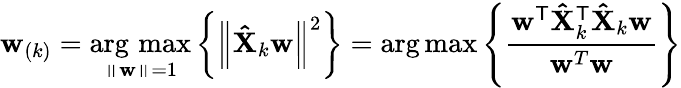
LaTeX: \mathbf{w}_{(k)}=\mathop{\operatorname{arg\, max}}_{\left\| \mathbf{w}\right\| =1}\left\{ \left\| \mathbf{\hat{X}}_{k}\mathbf{w}\right\| ^{2}\right\} =\arg\operatorname*{max}\left\{ {\frac{\mathbf{w}^{\mathsf{T}}\mathbf{\hat{X}}_{k}^{\mathsf{T}}\mathbf{\hat{X}}_{k}\mathbf{w}}{\mathbf{w}^{T}\mathbf{w}}}\right\}